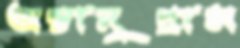
অন্তানুপ্রাস